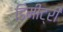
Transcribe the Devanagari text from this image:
डिमीट्री